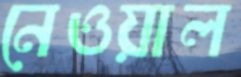
নেওয়াল